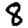
Digit: 8